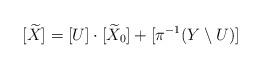
LaTeX: \begin{align*} [\widetilde X] = [U]\cdot [\widetilde X_0] + [\pi^{-1}(Y\setminus U)]\end{align*}